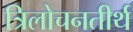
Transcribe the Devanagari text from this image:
त्रिलोचनतीर्थ